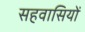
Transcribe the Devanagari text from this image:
सहवासियों